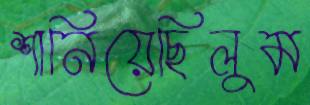
শানিয়েছিলুম